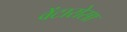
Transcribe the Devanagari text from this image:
वेंटारोसा